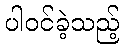
ပါဝင်ခဲ့သည့်